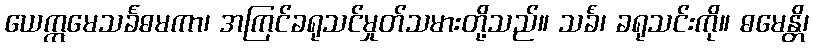
ယေဣမေသင်္ခဓမကာ၊ အကြင်ခရုသင်မှုတ်သမားတို့သည်။ သင်္ခံ၊ ခရုသင်းကို။ ဓမေန္တိ၊